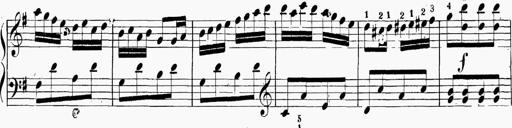
Title: 6 Sonatinas
Composer: Carl Reinecke